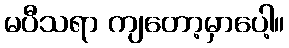
မပီသရာ ကျတော့မှာပေါ့။